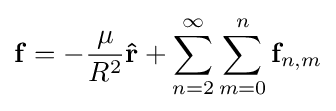
{\mathbf {f} }=-{\frac {\mu }{R^{2}}}\mathbf {\hat {r}} +\sum _{n=2}^{\infty }\sum _{m=0}^{n}{\mathbf {f} }_{n,m}